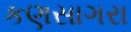
કણસાગરા